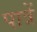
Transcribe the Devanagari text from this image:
पात्रें